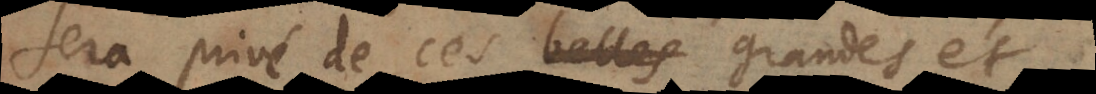
sera privé de ces belles grandes et